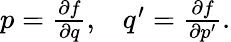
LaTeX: \begin{array}{ll}{{p={\frac{\partial f}{\partial q}},}}&{{q^{\prime}={\frac{\partial f}{\partial p^{\prime}}}.}}\end{array}